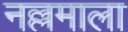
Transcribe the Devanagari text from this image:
नल्लमाला